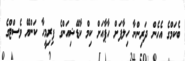
ބެކަމްގެ އެހެން ދަރިންނާ ހިލާފަށް ހާޕާއަށް ކިމް ކާޑޭޝިއަންގެ ފިރިމީހާ ކަންޔޭ ވެސްޓްގެ